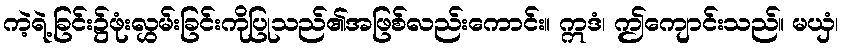
ကဲ့ရဲ့ခြင်း၌ဖုံးလွှမ်းခြင်းကိုပြုသည်၏အဖြစ်လည်းကောင်း။ ဣဒံ၊ ဤကျောင်းသည်။ မယှံ၊